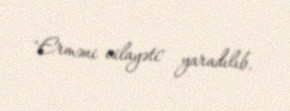
"Erməni vilayəti" yaradılıb.